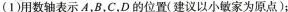
(1)用数轴表示A，B，C，D的位置(建议以小敏家为原点)；